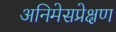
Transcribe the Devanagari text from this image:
अनिमेसप्रेक्षण